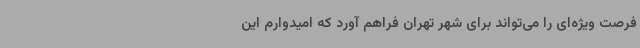
فرصت ویژه‌ای را می‌تواند برای شهر تهران فراهم آورد که امیدوارم این